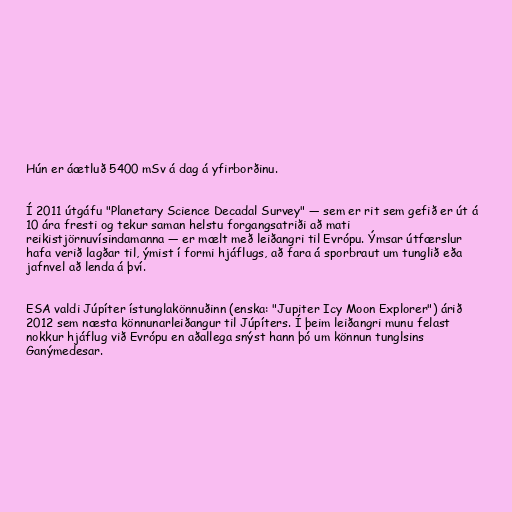
Hún er áætluð 5400 mSv á dag á yfirborðinu.

Í 2011 útgáfu "Planetary Science Decadal Survey" — sem er rit sem gefið er út á
10 ára fresti og tekur saman helstu forgangsatriði að mati
reikistjörnuvísindamanna — er mælt með leiðangri til Evrópu. Ýmsar útfærslur
hafa verið lagðar til, ýmist í formi hjáflugs, að fara á sporbraut um tunglið eða
jafnvel að lenda á því.

ESA valdi Júpíter ístunglakönnuðinn (enska: "Jupiter Icy Moon Explorer") árið
2012 sem næsta könnunarleiðangur til Júpíters. Í þeim leiðangri munu felast
nokkur hjáflug við Evrópu en aðallega snýst hann þó um könnun tunglsins
Ganýmedesar.